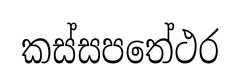
කස්සපතේථර